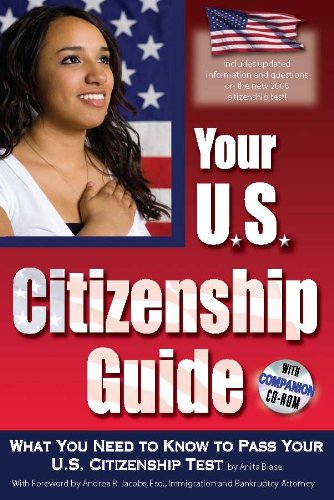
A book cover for Your U.S. Citizenship Guide: What You Need to Know to Pass Your U.S. Citizenship Test With Companion CD-ROM; Anita Biase; Test Preparation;